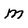
Character: m